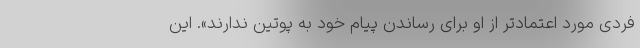
فردی مورد اعتمادتر از او برای رساندن پیام خود به پوتین ندارند». این